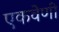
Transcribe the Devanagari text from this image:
एकवेणी